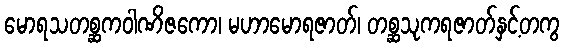
မောရသတစ္ဆကဝါဏိဇကော၊ မဟာမောရဇာတ်၊ တစ္ဆသုကရဇာတ်နှင့်တကွ